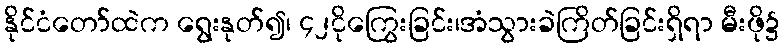
နိုင်ငံတော်ထဲက ရွေးနုတ်၍၊ ၄၂ငိုကြွေးခြင်း၊အံသွားခဲကြိတ်ခြင်းရှိရာ မီးဖို၌